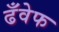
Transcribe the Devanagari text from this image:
ढँवेफ